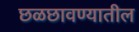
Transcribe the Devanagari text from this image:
छळछावण्यातील